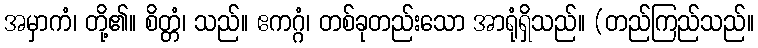
အမှာကံ၊ တို့၏။ စိတ္တံ၊ သည်။ ဧကဂ္ဂံ၊ တစ်ခုတည်းသော အာရုံရှိသည်။ (တည်ကြည်သည်။